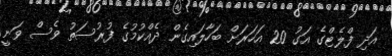
އަދި ފްލެޓްގެ އަގު 20 އަހަރަށް ބަހާލައިގެން ދެއްކުމުގެ ފުރުސަތު ވެސް ވަނީ